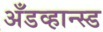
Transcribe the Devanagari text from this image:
अँडव्हान्स्ड